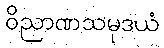
ဝိညာဏသမုဒယံ